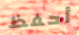
أحفظ